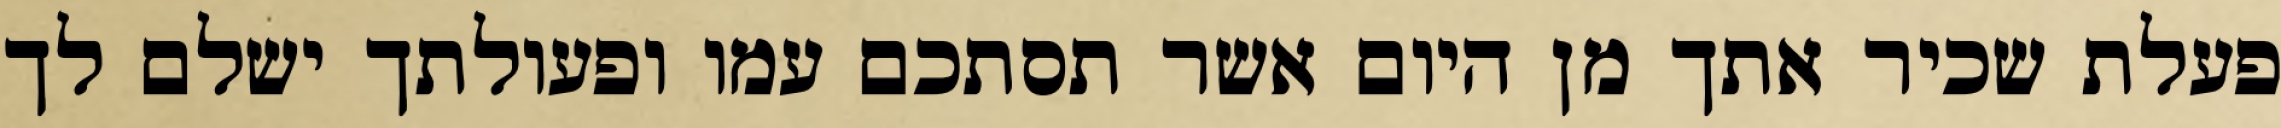
פעלת שכיר אתך מן היום אשר תסתכם עמו ופעולתך ישלם לך